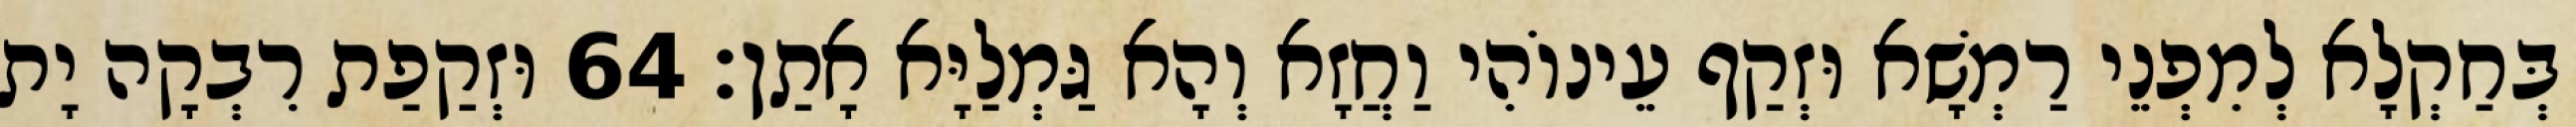
בְּחַקְלָא לְמִפְנֵי רַמְשָׁא וּזְקַף עֵינוֹהִי וַחֲזָא וְהָא גַּמְלַיָּא אָתַן׃ 64 וּזְקַפַת רִבְקָה יָת